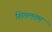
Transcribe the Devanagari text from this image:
शितलतम